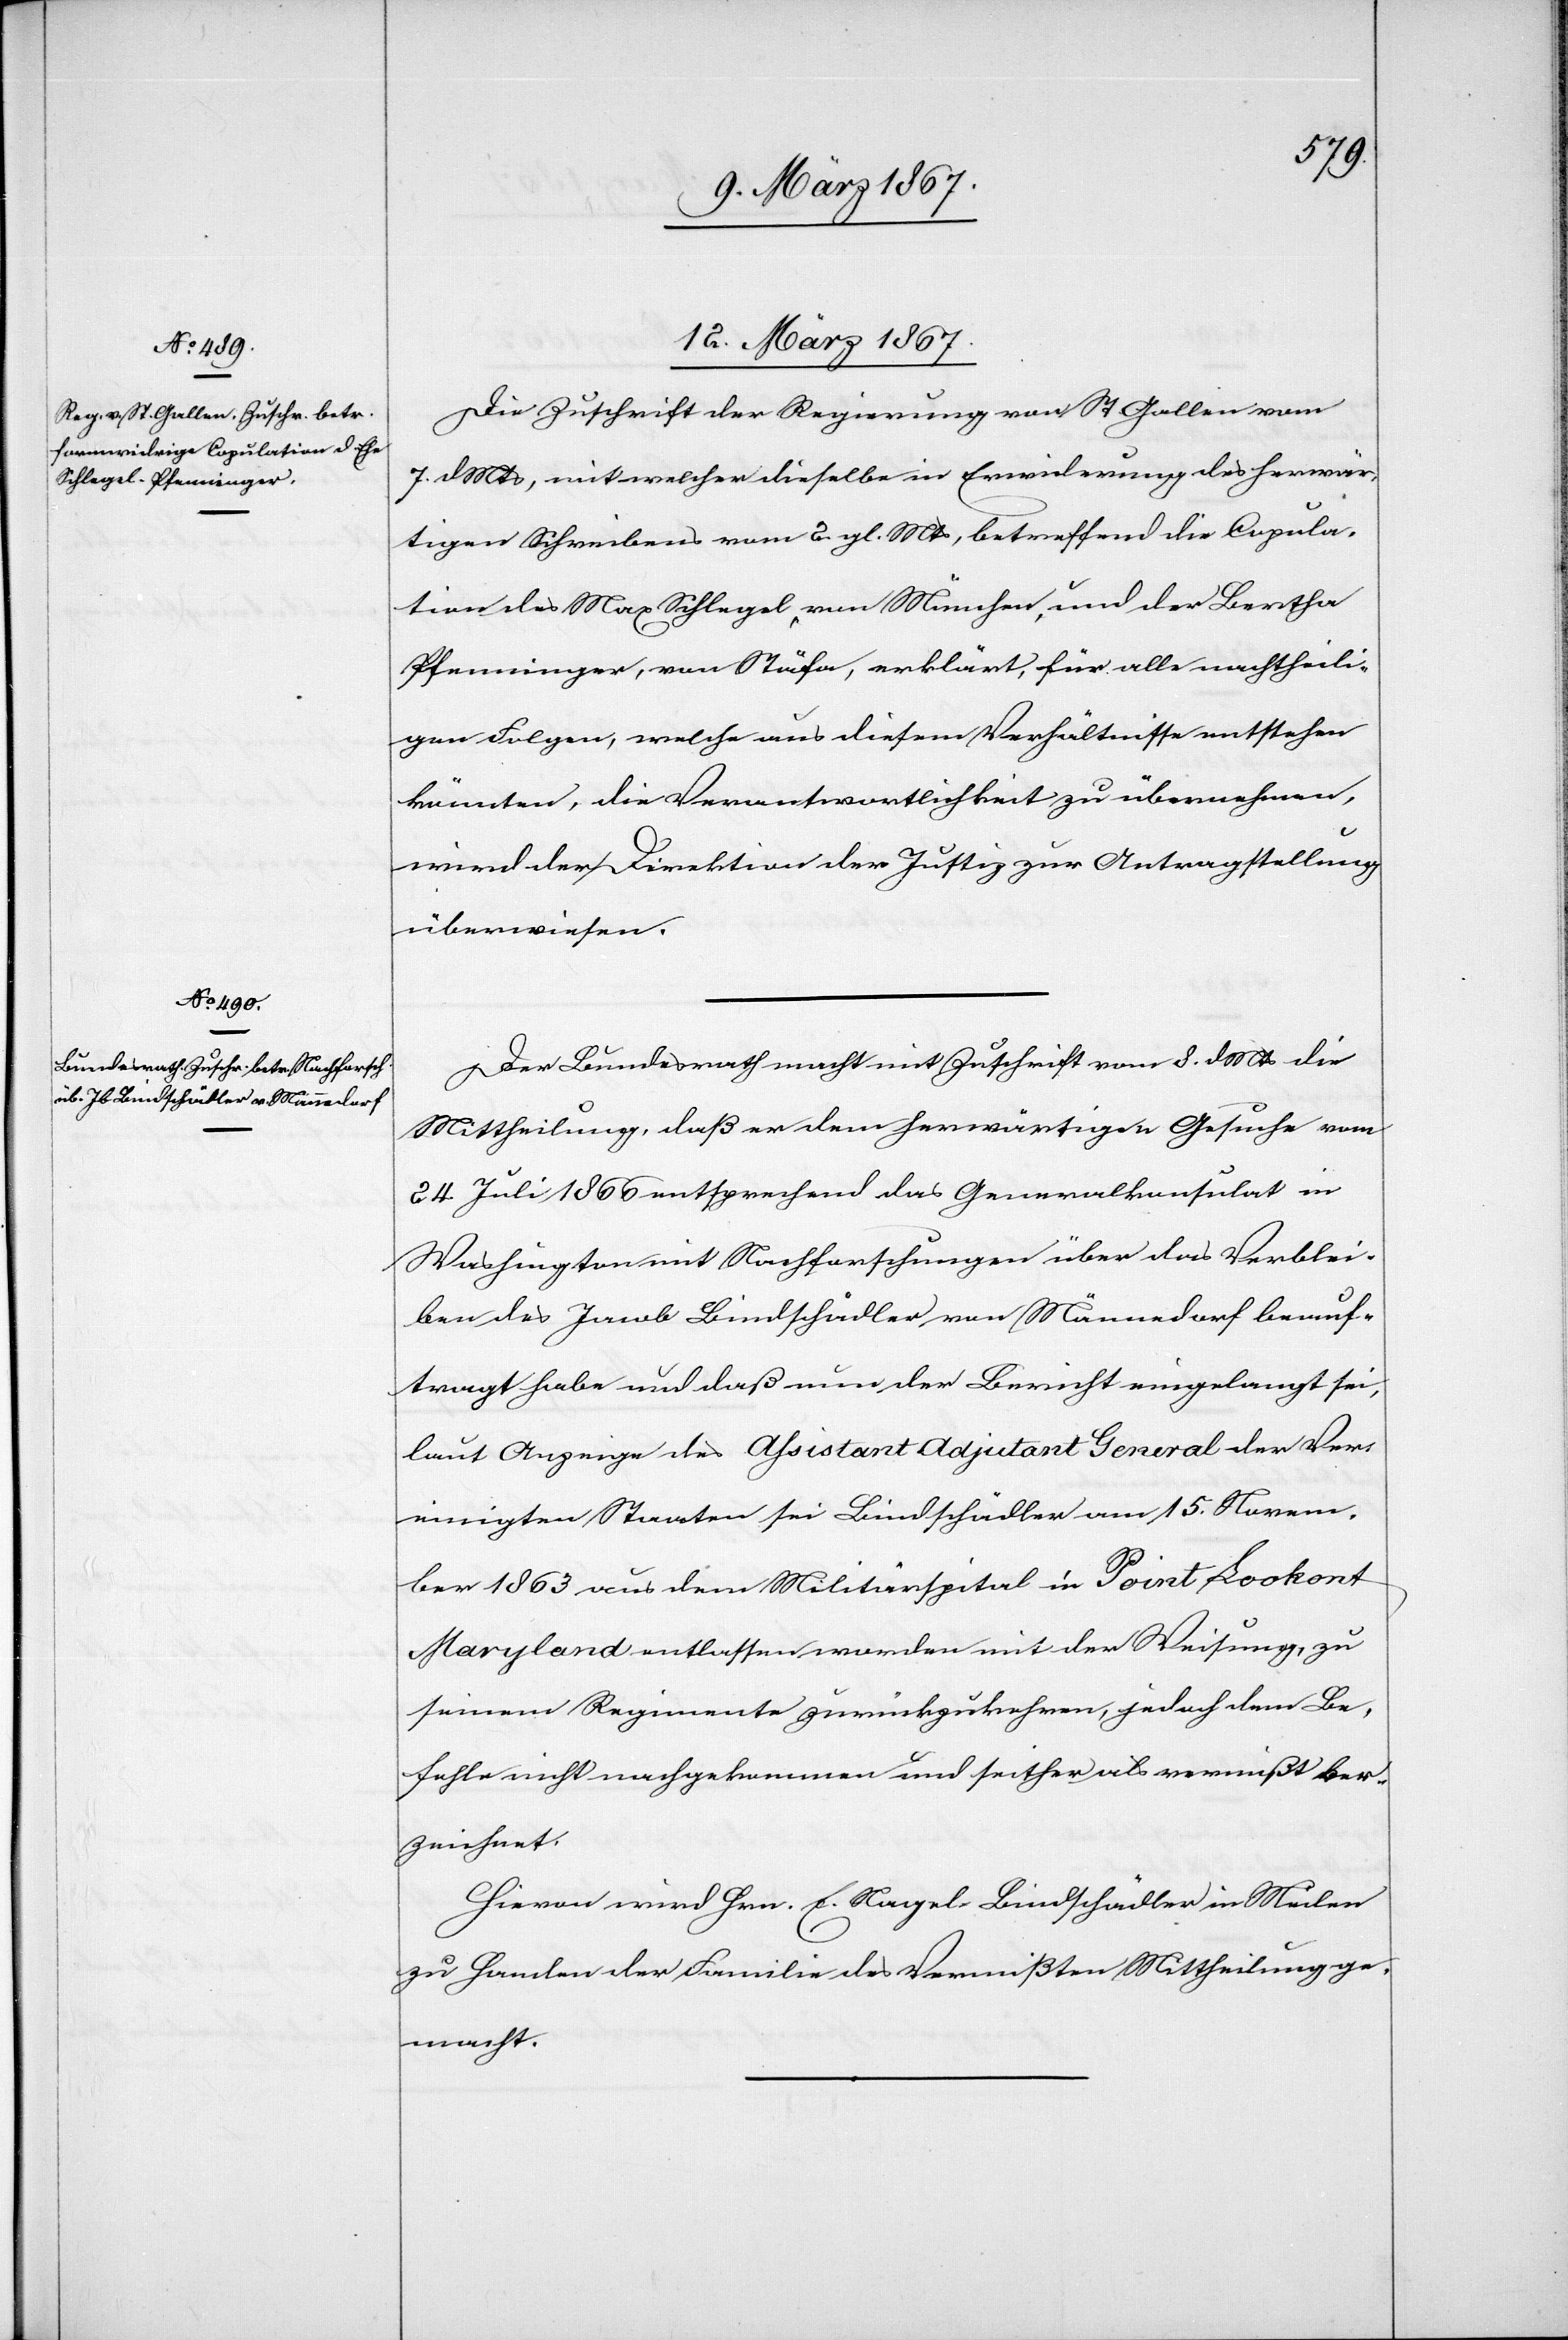
12. März 1867.]
Die Zuschrift der Regierung von St. Gallen vom
7. d. Mts, mit welcher dieselbe in Erwiderung des herwär¬
tigen Schreibens vom 2. gl. Mts, betreffend die Copula¬
tion des Max Schlegel von München, und der Bertha
Pfenninger, von Stäfa, erklärt, für alle nachtheili¬
gen Folgen, welche aus diesem Verhältnisse entstehen
könnten, die Verantwortlichkeit zu übernehmen,
wird der Direktion der Justiz zur Antragstellung
überwiesen.
Der Bundesrath macht mit Zuschrift vom 8. d. Mts die
Mittheilung, daß er dem herwärtigen Gesuche vom
24. Juli 1866 entsprechend das Generalkonsulat in
Washington mit Nachforschungen über das Verblei¬
ben des Jacob Bindschädler von Männedorf beauf¬
tragt habe und daß nun der Bericht eingelangt sei,
laut Anzeige des Assistant Adjutant General der Ver¬
einigten Staaten sei Bindschädler am 15. Novem¬
ber 1863 aus dem Militärspital in Point Lookont
Maryland entlassen worden mit der Weisung, zu
seinem Regimente zurückzukehren, jedoch dem Be¬
fehle nicht nachgekommen und seither als vermißt be¬
zeichnet.
Hievon wird Hrn. E. Nagel-Bindschädler in Meilen
zu Handen der Familie des Vermißten Mittheilung ge¬
macht.